Lunatic asylums in Bengal annual reports 1912-1924 - 1912-1924
Year: 1912
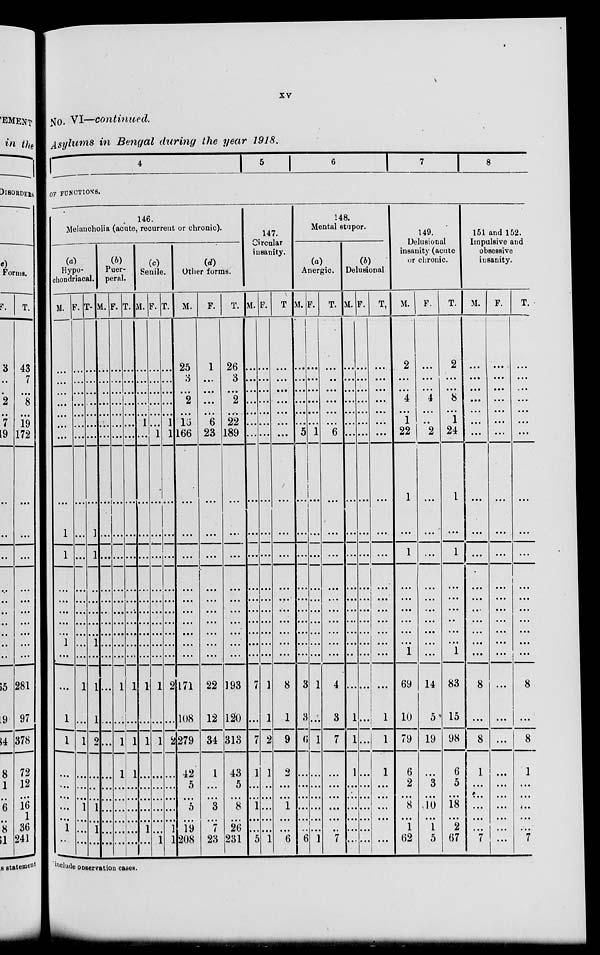
xv
No. VI—continued.
Asylums in Bengal during the year 1918.
4
5
6
7
8
OF FUNCTIONS.
146.
Melancholia (acute, recurrent or chronic).
(a)
Hypo-
chondriacal.
M.
...
...
...
...
...
...
...
...
1
1
...
...
...
...
...
1
...
...
1
1
...
...
...
...
...
1
...
F.
...
...
...
...
...
...
...
...
...
...
...
...
...
...
...
...
...
1
...
1
...
...
...
1
...
...
...
T.
...
...
...
...
...
...
...
...
1
1
...
...
...
...
...
1
...
1
1
2
...
...
...
1
...
1
...
(b)
Puer-
peral.
M.
...
...
...
...
...
...
...
...
...
...
...
...
...
...
...
...
...
...
...
...
...
...
...
...
...
...
...
F.
...
...
...
...
...
...
...
...
...
...
...
...
...
...
...
...
...
1
...
1
1
...
...
...
...
...
...
T.
...
...
...
...
...
...
...
...
...
...
...
...
...
...
...
...
...
1
...
1
1
...
...
...
...
...
...
(e)
Senile.
M.
...
...
...
...
...
1
...
...
...
...
...
...
...
...
...
...
...
1
...
1
...
...
...
...
...
1
...
F.
...
...
...
...
...
...
1
...
...
...
...
...
...
...
...
...
...
1
...
1
...
...
...
...
...
...
1
T.
...
...
...
...
...
1
1
...
...
...
...
...
...
...
...
...
...
2
...
2
...
...
...
...
...
1
1
(d)
Other forms.
M.
25
3
...
2
...
16
166
...
...
...
...
...
...
...
...
...
...
171
108
279
42
5
...
5
...
19
208
F.
1
...
...
...
...
6
23
...
...
...
...
...
...
...
...
...
...
22
12
34
1
...
...
3
...
7
28
T.
26
3
...
2
...
22
189
...
...
...
...
...
...
...
...
...
...
193
120
313
43
5
...
8
...
26
231
147.
Circular
insanity.
M.
...
...
...
...
...
...
...
...
...
...
...
...
...
...
...
...
...
7
...
7
1
...
...
1
...
...
5
F.
...
...
...
...
...
...
...
...
...
...
...
...
...
...
...
...
...
1
1
2
1
...
...
...
...
...
1
T
...
...
...
...
...
...
...
...
...
...
...
...
...
...
...
...
...
8
1
9
...
...
...
1
...
...
6
148.
Mental stupor.
(a)
Anergic.
M.
...
...
...
...
...
...
5
...
...
...
...
...
...
...
...
...
...
3
3
6
...
...
...
...
...
...
6
F.
...
...
...
...
...
...
1
...
...
...
...
...
...
...
...
...
...
1
...
1
...
...
...
...
...
...
1
T.
...
...
...
...
...
...
6
...
...
...
...
...
...
...
...
...
...
4
3
7
...
...
...
...
...
...
7
(b)
Delusional
M.
...
...
...
...
...
...
...
...
...
...
...
...
...
...
...
...
...
...
1
1
1
...
...
...
...
...
...
F.
...
...
...
...
...
...
...
...
...
...
...
...
...
...
...
...
...
...
...
...
.. .
...
...
...
...
...
...
T.
...
...
...
...
...
...
...
...
...
...
...
...
...
...
...
...
...
...
1
1
1
...
...
...
...
...
...
149.
Delusional
insanity (acute
or chronic.
M.
2
...
...
4
...
1
22
1
...
1
...
...
...
...
...
...
1
69
10
79
6
2
...
8
...
1
62
F.
...
...
...
4
...
...
2
...
...
...
...
...
...
...
...
...
...
14
5
19
...
3
...
10
...
1
5
T.
2
...
...
8
...
1
24
1
...
1
...
...
...
...
...
...
1
83
15
98
6
5
...
18
...
2
67
151 and 152.
Impulsive and
obsessive
insanity.
M.
...
...
...
...
...
...
...
...
...
...
...
...
...
...
...
...
...
8
...
8
1
...
...
...
...
...
7
F.
...
...
...
...
...
...
...
...
...
...
...
...
...
...
...
...
...
...
...
...
...
...
...
...
...
...
...
T.
...
...
...
...
...
...
...
...
...
...
...
...
...
...
...
...
...
8
...
8
1
...
...
...
...
...
7
include observation cases.